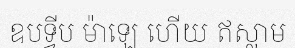
ឧបទ្វីប ម៉ាឡេ ហើយ ឥស្លាម